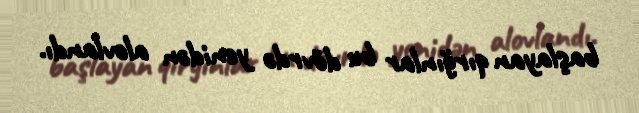
başlayan qırğınlar bu dövrdə yenidən alovlandı.